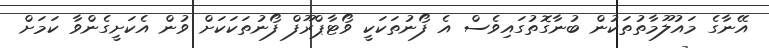
އޭނާގެ މައުލޫމާތުތަކުން ބުނާގޮތުގައިވެސް އެ ފޯނުތަކަކީ ވޯޓާޕްރޫފް ފޯނުތަކަކަށް ވުން އެކަށީގެންވާ ކަމަށް